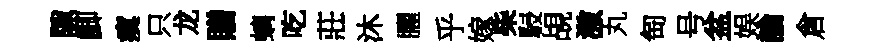
隙鯽瘼只龙贈螭吃莊沐臞乎嫁柴駸覘激丸匋号盆娱論倉